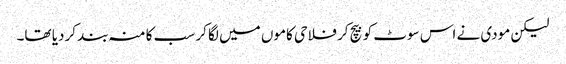
لیکن مودی نے اس سوٹ کو بیچ کر فلاحی کاموں میں لگا کر سب کا منہ بند کردیا تھا۔